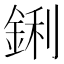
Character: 鋓